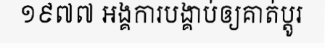
១៩៧៧ អង្គការបង្គាប់ឲ្យគាត់ប្តូរ